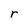
Character: r